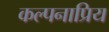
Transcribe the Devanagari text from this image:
कल्पनाप्रिय